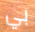
بي